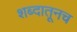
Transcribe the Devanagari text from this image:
शब्दातूनच